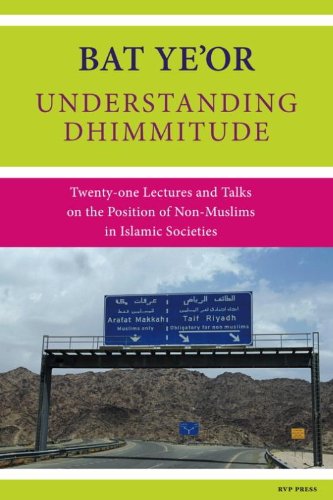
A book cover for Understanding Dhimmitude; Bat Ye'or; Religion & Spirituality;